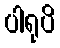
ပါရုပိ